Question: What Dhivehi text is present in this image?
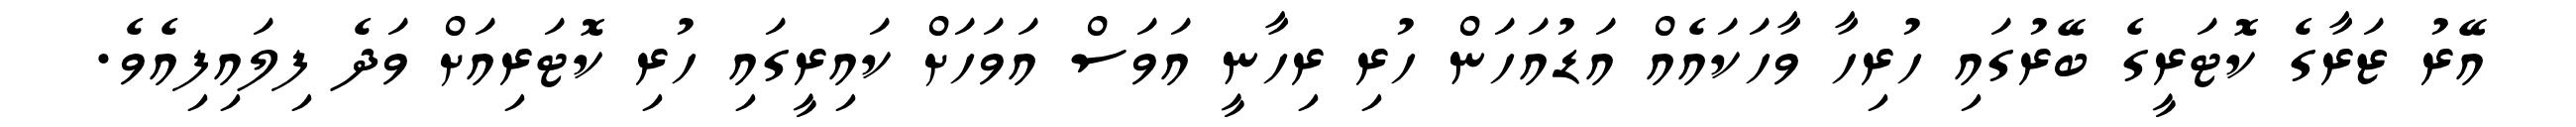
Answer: އޭރު ޒަރާގެ ކޮޓަރީގެ ބޭރުގައި ހުރިހާ ވާހަކައެއް އަޑުއަހަން ހުރި ރިހާނީ އަވަސް އަވަހަށް ކައިރީގައި ހުރި ކޮޓަރިއަށް ވަދެ ފިލައިފިއެވެ.